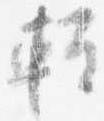
軽